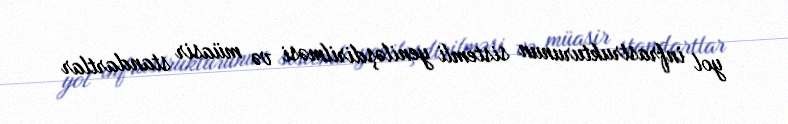
yol infrastrukturunun sistemli yeniləşdirilməsi və müasir standartlar